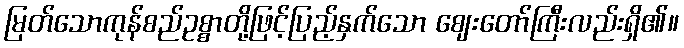
မြတ်သောကုန်စည်ဥစ္စာတို့ဖြင့်ပြည့်နှက်သော ဈေးတော်ကြီးလည်းရှိ၏။